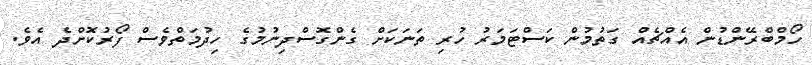
ހޯމްބްރޭންޑުން އެއްޗެއް ގަތުމުން ކަސްޓަމަރު ހުރި ތަނަކަށް ގެންގޮސްދިނުމުގެ ހިދުމަތްވެސް ފޯރުކޮށްދެ އެވެ.